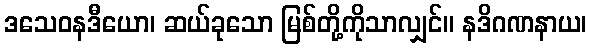
ဒသေဝနဒီယော၊ ဆယ်ခုသော မြစ်တို့ကိုသာလျှင်။ နဒိဂဏနာယ၊